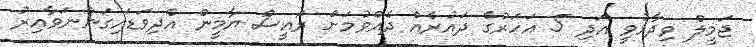
ޖަމީލް ވިދާޅުވީ އަދި 5 އަހަރުގެ ދައުރެއް ދެއްވުމަށް ރައީސް ޔާމީން އެދިވަޑައިގަންނަވާއިރު